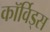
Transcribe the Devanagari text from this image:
कॉर्विड्स